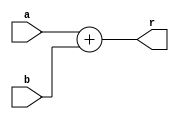
//////////////////////////////////////////////////////////////////////////////////
// 
// Project Name: Multi-cycle CPU with 54 Instructions Based on MIPS Architecture
//////////////////////////////////////////////////////////////////////////////////

`timescale 1ns / 1ps

module adder(
    input [31:0] a,
    input [31:0] b,
    output [31:0] r
    );

    assign r = a + b;
   
endmodule